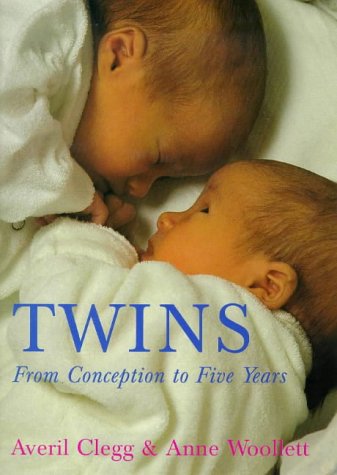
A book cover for Twins: From Conception to Five Years; Averil Clegg; Parenting & Relationships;